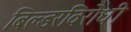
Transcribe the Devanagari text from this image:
बिल्डरविरोधी